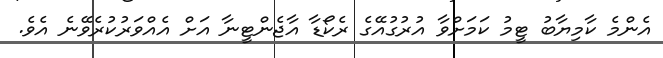
އެންމެ ކާމިޔާބު ޓީމު ކަމަށްވާ އުރުގުއޭގެ ރެކޯޑާ އާޖެންޓީނާ އަށް އެއްވަރުކުރެވޭނެ އެވެ.